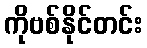
ကိုဗစ်နိုင်တင်း